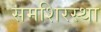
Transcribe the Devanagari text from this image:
समशिरस्था